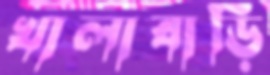
খালাবাড়ি